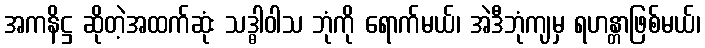
အကနိဋ္ဌ ဆိုတဲ့အထက်ဆုံး သဒ္ဓါဝါသ ဘုံကို ရောက်မယ်၊ အဲဒီဘုံကျမှ ရဟန္တာဖြစ်မယ်၊